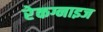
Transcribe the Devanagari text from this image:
रेकग्नाइज